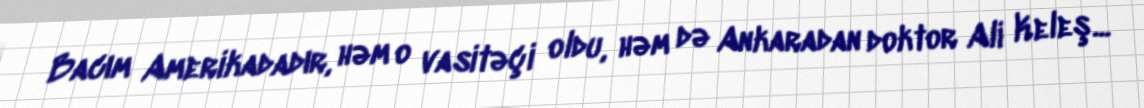
Bacım Amerikadadır, həm o vasitəçi oldu, həm də Ankaradan doktor Ali Keleş...